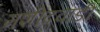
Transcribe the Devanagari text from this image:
मशीदवाडी